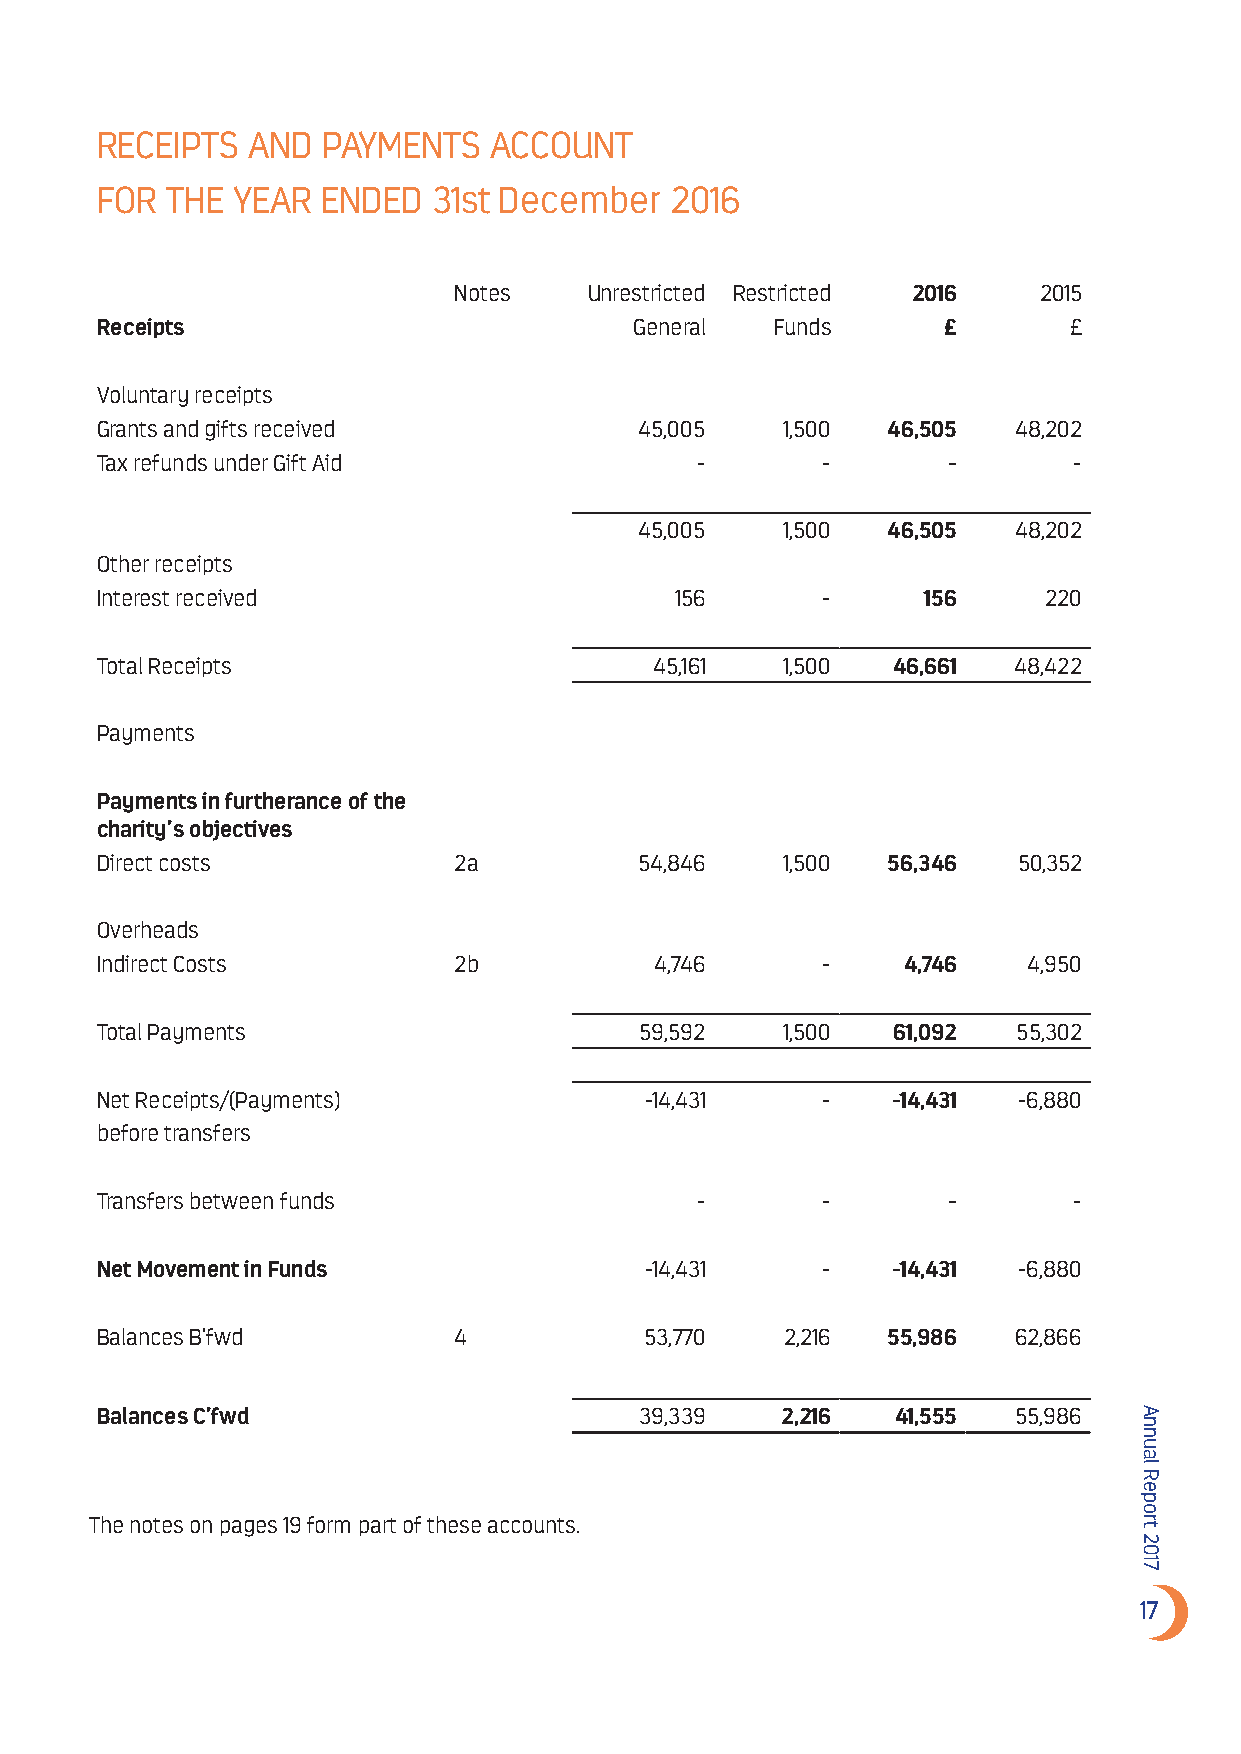
RECEIPTS  AND  PAYMENTS   ACCOUNT
 FOR  THE YEAR  ENDED   31st December  2016
 Notes    Unrestricted Restricted 2016  2015
 Receipts                            General  Funds      £        £
 Voluntary receipts
 Grants and gifts received           45,005    1,500  46,505  48,202
 Tax refunds under Gift Aid              -       -        -       -
 45,005    1,500  46,505  48,202
 Other receipts
 Interest received                      156      -      156     220
 Total Receipts                       45,161   1,500  46,661  48,422
 Payments
 Payments in furtherance of the
 charity’s objectives
 Direct costs            2a          54,846    1,500  56,346  50,352
 Overheads
 Indirect Costs          2b           4,746      -     4,746   4,950
 Total Payments                      59,592    1,500  61,092  55,302
 Net Receipts/(Payments)              -14,431    -    -14,431 -6,880
 before transfers
 Transfers between funds                 -       -        -       -
 Net Movement in Funds                -14,431    -    -14,431 -6,880
 Balances B’fwd          4            53,770   2,216  55,986  62,866
 Balances C’fwd                      39,339    2,216  41,555  55,986
 The notes on pages 19 form part of these accounts.
 17
 Annual
 Report
 2017